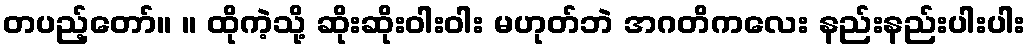
တပည့်တော်။ ။ ထိုကဲ့သို့ ဆိုးဆိုးဝါးဝါး မဟုတ်ဘဲ အဂတိကလေး နည်းနည်းပါးပါး